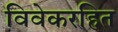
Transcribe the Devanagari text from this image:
विवेकरहित